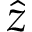
\hat { z }